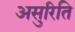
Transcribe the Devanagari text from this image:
असुरिति